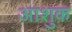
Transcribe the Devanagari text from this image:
आशुक